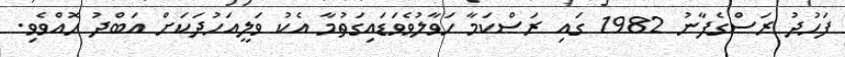
ފަހުދު ރަސްގެފާނު 1982 ގައި ރަސްކަމާ ހަވާލުވެވަޑައިގަތުމާ އެކު ވަލީއަހުދަކަށް އަބްދު ހޮއްވެވި.